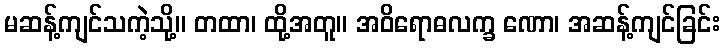
မဆန့်ကျင်သကဲ့သို့။ တထာ၊ ထို့အတူ။ အဝိရောဓလက္ခ ဏော၊ အဆန့်ကျင်ခြင်း